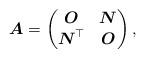
LaTeX: \begin{align*}\boldsymbol{A}=\begin{pmatrix}\boldsymbol{O} & \boldsymbol{N}\\\boldsymbol{N}^{\top} & \boldsymbol{O} \end{pmatrix}, \end{align*}